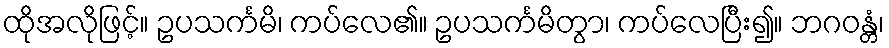
ထိုအလိုဖြင့်။ ဥပသင်္ကမိ၊ ကပ်လေ၏။ ဥပသင်္ကမိတွာ၊ ကပ်လေပြီး၍။ ဘဂဝန္တံ၊